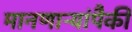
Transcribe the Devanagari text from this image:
मानणाऱ्यांपैकी